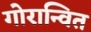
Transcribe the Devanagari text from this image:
गोरान्वित